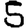
Digit: 5